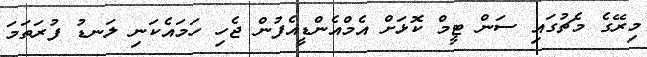
މިރޭގެ މެޗުގައި ސަން ޓީމް ކޮޅަށް އެމްއެންޑީއެފުން ޖެހި ހަމައެކަނި ލަނޑު ފުރަތަމަ